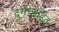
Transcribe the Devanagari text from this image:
दुर्गंधरहित